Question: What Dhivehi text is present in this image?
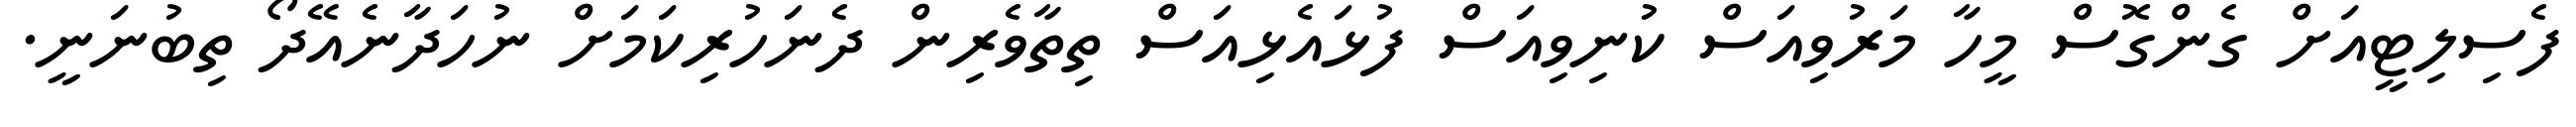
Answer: ފެސިލިޓީއަށް ގެންގޮސް މީހާ މަރުވިއަސް ކުނިވިއަސް ފުޅައެޅިއަސް ތިތާވެރިން ދެނަހުރިކަމަށް ނުހަދާނެއޭދޯ ތިބުނަނީ.